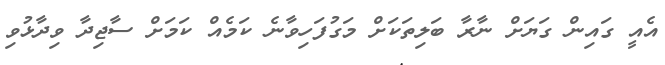
އެއީ ގައިން ގަޔަށް ނާރާ ބަލިތަކަށް މަގުފަހިވާނެ ކަމެއް ކަމަށް ސާޖިދާ ވިދާޅުވި